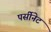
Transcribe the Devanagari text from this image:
पर्सीनेट